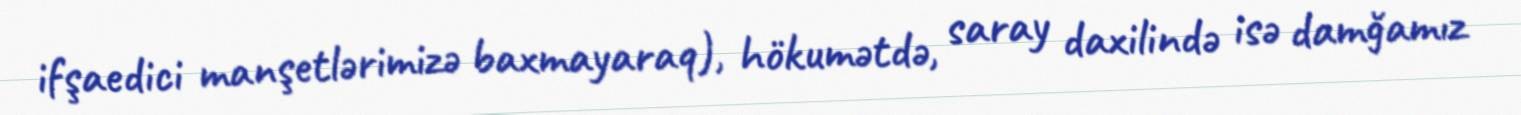
ifşaedici manşetlərimizə baxmayaraq), hökumətdə, saray daxilində isə damğamız